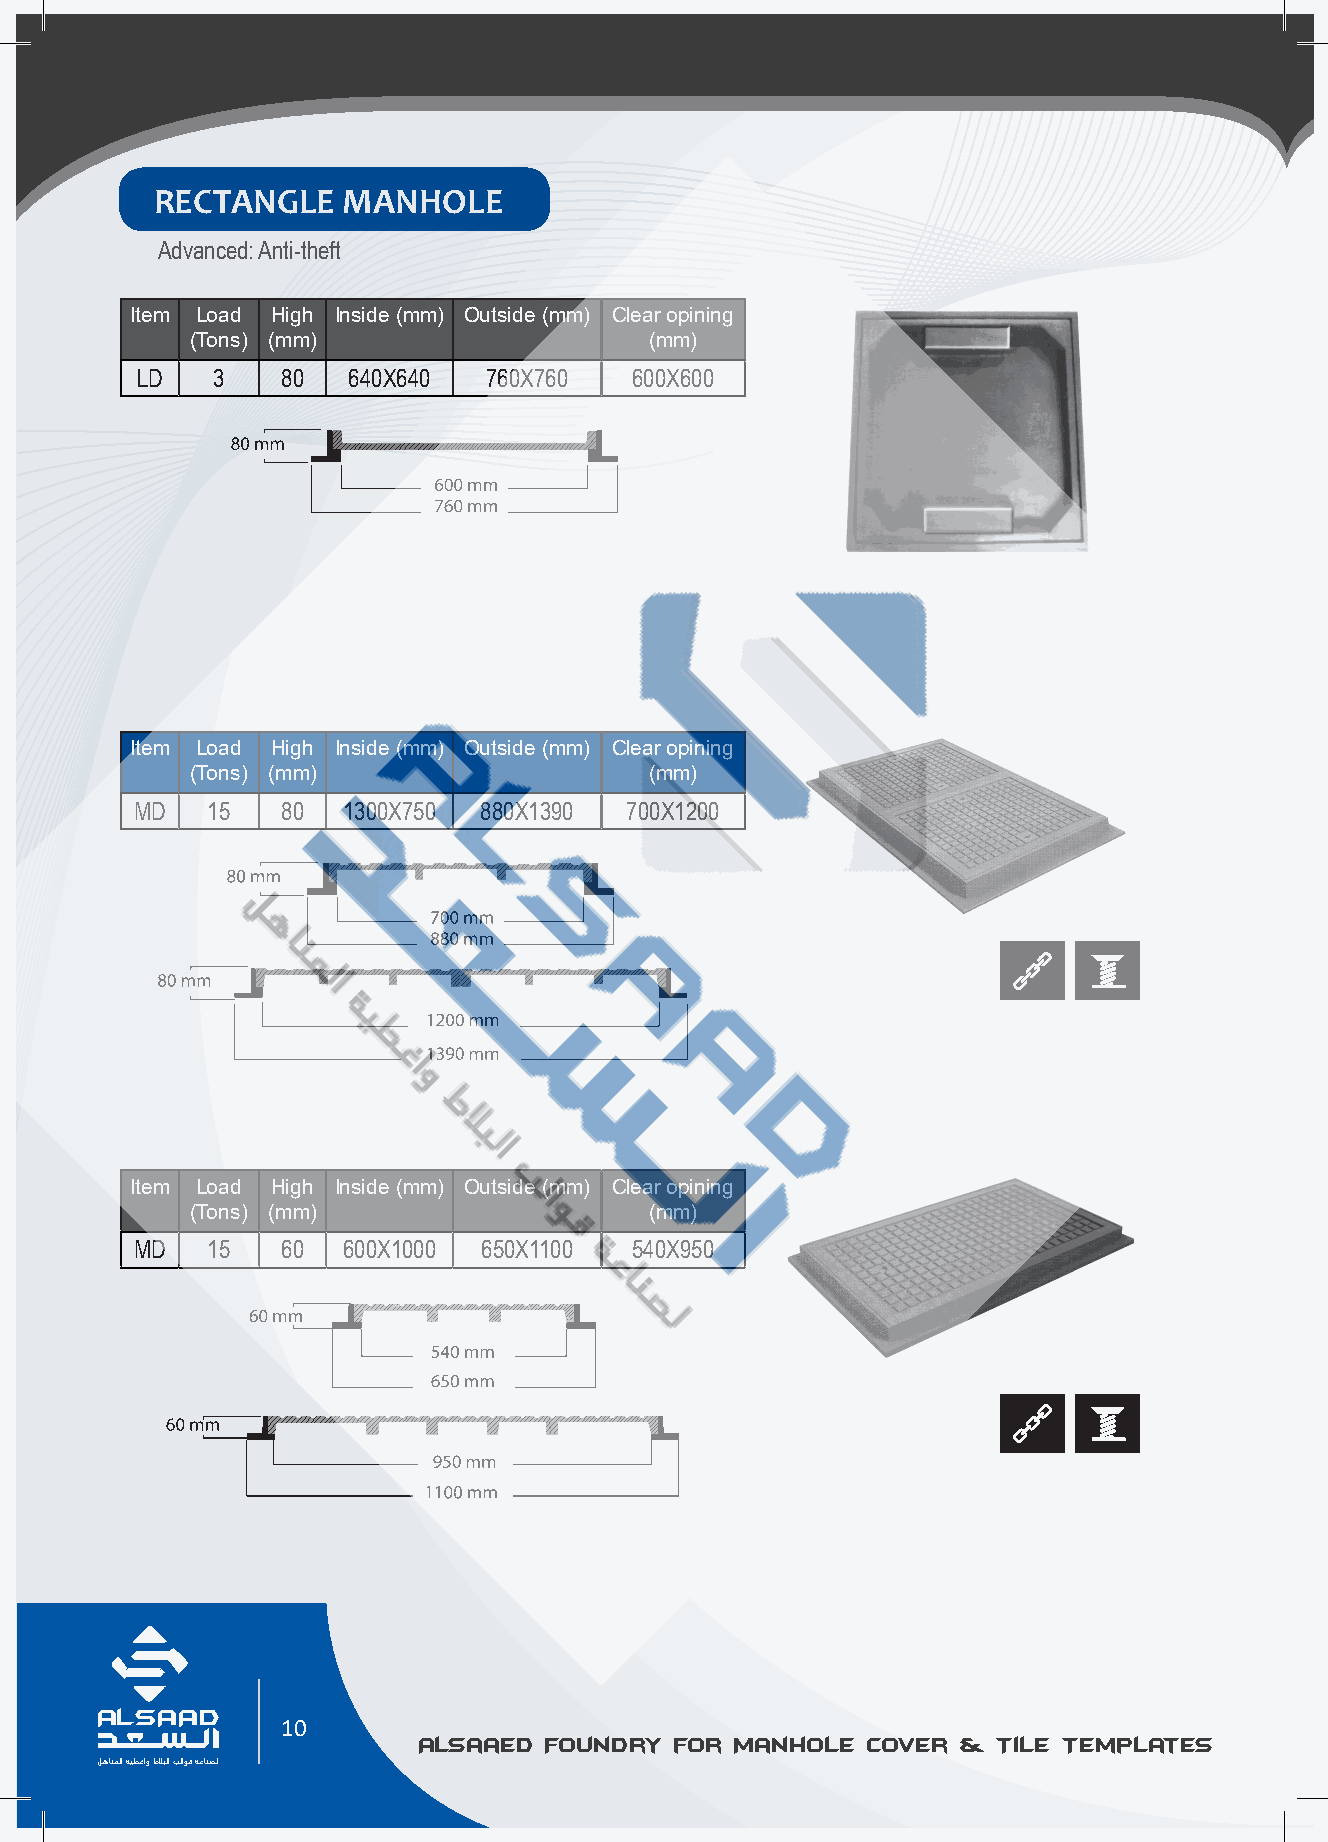
RECTANGLE    MANHOLE
 Advanced: Anti-theft
 Item Load High Inside (mm) Outside (mm) Clear opining
 (Tons) (mm)                   (mm)
 LD   3    80  640X640  760X760   600X600
 Item Load High Inside (mm) Outside (mm) Clear opining
 (Tons) (mm)                   (mm)
 MD   15   80  1300X750 880X1390 700X1200
 Item Load High Inside (mm) Outside (mm) Clear opining
 (Tons) (mm)                   (mm)
 MD   15   60  600X1000 650X1100  540X950
 AL SAAD                                                                                                                                               AL SAAD
 10
 Alsaaed Foundry  for Manhole Cover  & Tile Templates          Alsaaed  Foundry for Manhole  Cover & Tile Templates
 ﻞﻫﺎﻨﻤﻟا ﺔﻴﻄﻏاو طﻼﺒﻟا ﺐﻟاﻮﻗ ﺔﻋﺎﻨﺼﻟ                                                                                                                     ﻞﻫﺎﻨﻤﻟا ﺔﻴﻄﻏاو طﻼﺒﻟا ﺐﻟاﻮﻗ ﺔﻋﺎﻨﺼﻟ